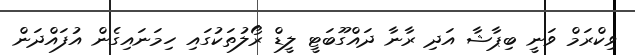
ވިކްރަމް ވަނީ ބިޕާޝާ އަދި ރާނާ ދައްގޫބަޓީ ލީޑް ރޯލުތަކުގައި ހިމަނައިގެން އުފައްދަން